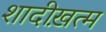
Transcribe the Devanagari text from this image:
शादीख़त्म